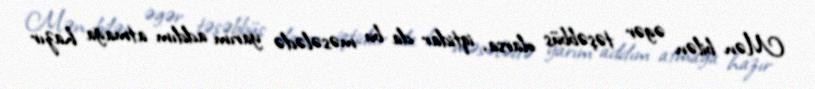
Mən bilən əgər təşəbbüs olarsa, iqtidar da bu məsələdə yarım addım atmağa hazır